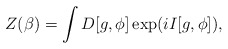
\begin{align*}Z(\beta )=\int D[g,\phi]\exp (i I [g,\phi ]) ,\end{align*}